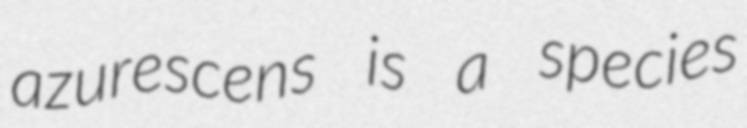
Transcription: azurescens is a species